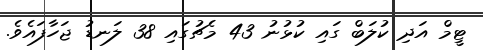
ޓީމް އަދި ކުލަބް ގައި ކުޅުނު 43 މެޗުގައި 38 ލަނޑު ޖަހާފައެވެ.